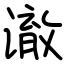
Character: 澈